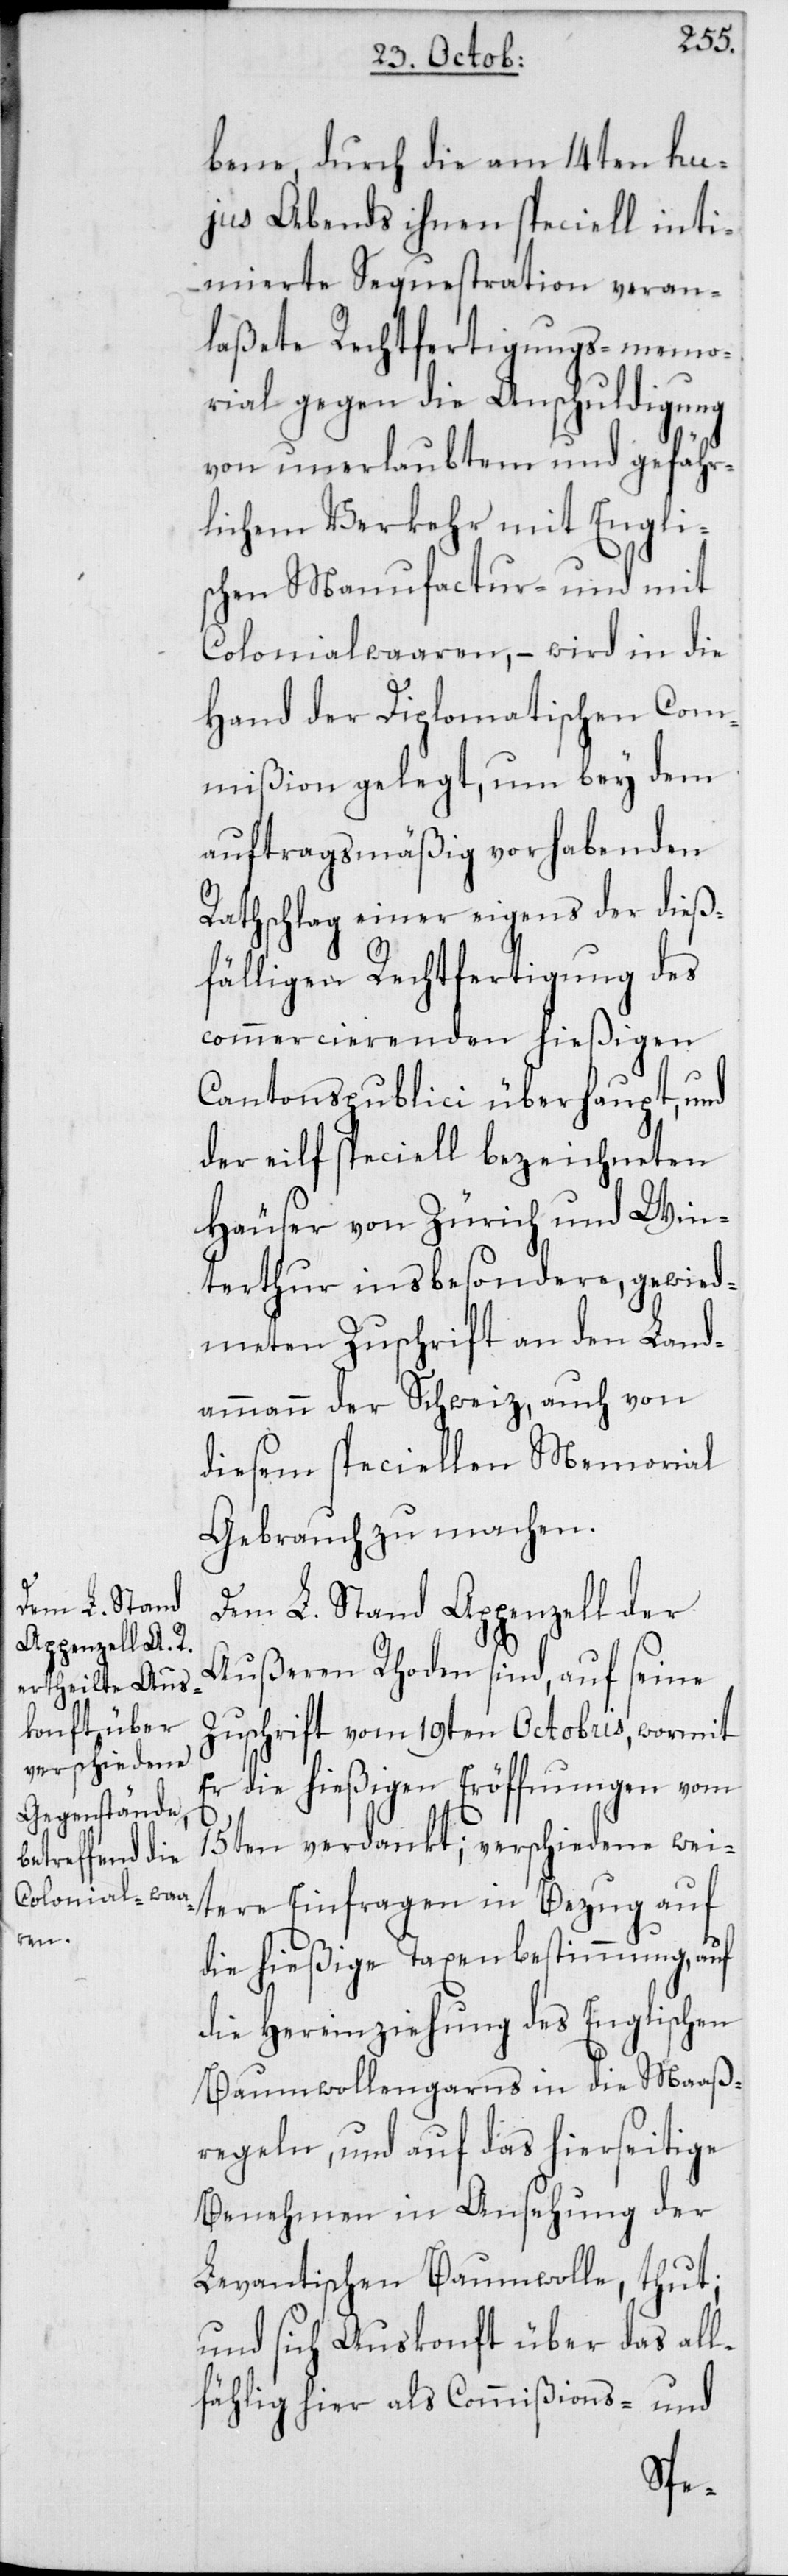
bene, durch die am 14ten hu¬
jus Abends ihnen speciell inti¬
mierte Sequestration veran¬
laßete Rechtfertigungsmemo¬
rial gegen die Anschuldigung
von unerlaubtem und gefähr¬
lichem Verkehr mit Engli¬
schen Manufactur- und mit
Colonialwaaren, – wird in die
Hand der Diplomatischen Com¬
mißion gelegt, und bey dem
auftragsmäßig vorhabenden
Rathschlag einer eigens der dieß¬
fälligen Rechtfertigung des
commercierenden hießigen
Cantonspublici überhaupt, und
der eilf speciell bezeichneten
Häuser von Zürich und Win¬
terthur insbesondere, gewied¬
meten Zuschrift an den Land¬
ammann der Schweiz, auch von
diesem speciellen Memorial
Gebrauch zu machen.
Dem L. Stand Appenzell der
Außeren Rhoden sind, auf seine
Zuschrift vom 19ten Octobris, wormit
Er die hießigen Eröffnungen vom
15ten verdankt; verschiedene wei¬
tere Einfragen in Bezug auf
die hießige Taxenbestimmung, auf
die Hereinziehung des Englischen
Baumwollengarns in die Maaß¬
regeln, und auf das hierseitige
Benehmen in Ansehung der
Levantischen Baumwolle, thut;
und sich Auskonft über das all¬
fählig hier als Commißions- und